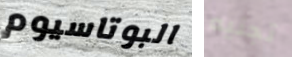
البوتاسيوم تجنيه